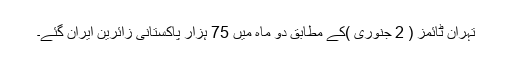
تہران ٹائمز ( 2 جنوری )کے مطابق دو ماہ میں 75 ہزار پاکستانی زائرین ایران گئے۔